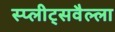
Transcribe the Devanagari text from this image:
स्प्लीट्सवैल्ला